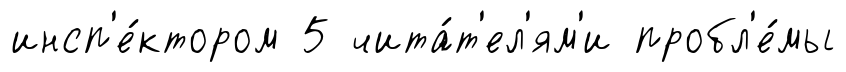
инсп'е́ктором 5 чита́т'ел'ям'и пробл'е́мы